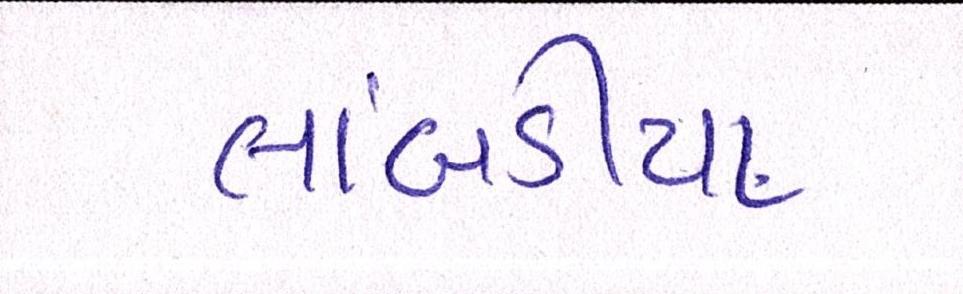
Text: લાંબડીયા